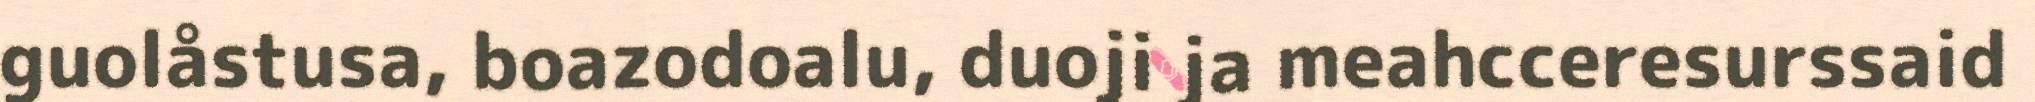
guolåstusa, boazodoalu, duoji ja meahcceresurssaid